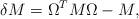
LaTeX: \begin{align*}\delta M=\Omega^T M \Omega-M ,\end{align*}